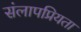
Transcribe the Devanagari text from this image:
संलापप्रियता